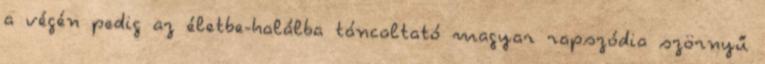
a végén pedig az életbe-halálba táncoltató magyar rapszódia szörnyű